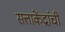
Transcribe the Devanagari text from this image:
सत्ताकेंद्रांची